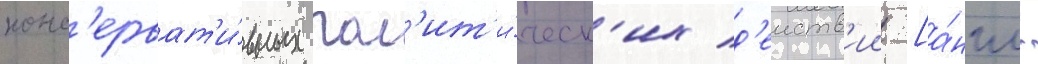
конс'ерват'и́вных пол'ит'и́ческ'их д'еиств'ии [а́нгл.